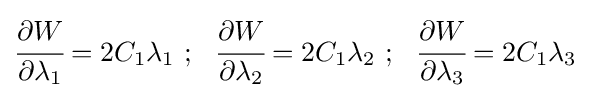
{\cfrac {\partial {W}}{\partial \lambda _{1}}}=2C_{1}\lambda _{1}~;~~{\cfrac {\partial {W}}{\partial \lambda _{2}}}=2C_{1}\lambda _{2}~;~~{\cfrac {\partial {W}}{\partial \lambda _{3}}}=2C_{1}\lambda _{3}